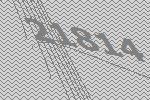
21814